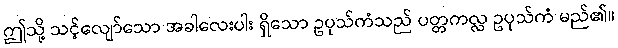
ဤသို့ သင့်လျော်သော အခါလေးပါး ရှိသော ဥပုသ်ကံသည် ပတ္တကလ္လ ဥပုသ်ကံ မည်၏။